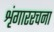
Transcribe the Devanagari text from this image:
शृंगाररचना